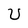
Character: U